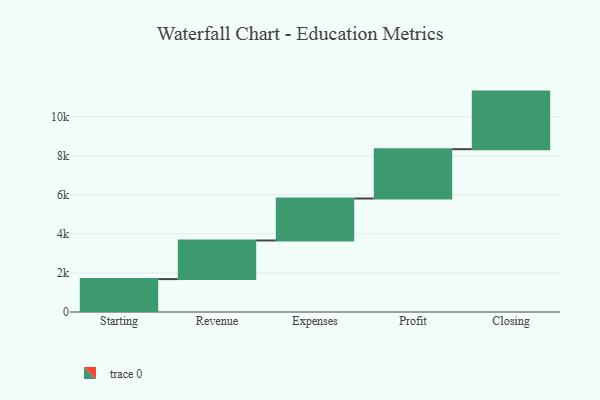
{"axis": {"x": "Step", "y": "Value"}, "legend": [""], "data": [{"x": "Starting", "y": 1684.0, "type": ""}, {"x": "Revenue", "y": 1977.0, "type": ""}, {"x": "Expenses", "y": 2147.0, "type": ""}, {"x": "Profit", "y": 2525.0, "type": ""}, {"x": "Closing", "y": 2947.0, "type": ""}]}